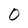
Character: 0